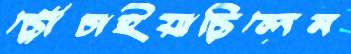
ছোঁচাইয়াছিলেন